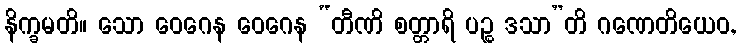
နိက္ခမတိ။ သော ဝေဂေန ဝေဂေန “တီဏိ စတ္တာရိ ပဉ္စ ဒသာ”တိ ဂဏေတိယေဝ,